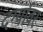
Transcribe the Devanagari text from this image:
दर्ग्यावर